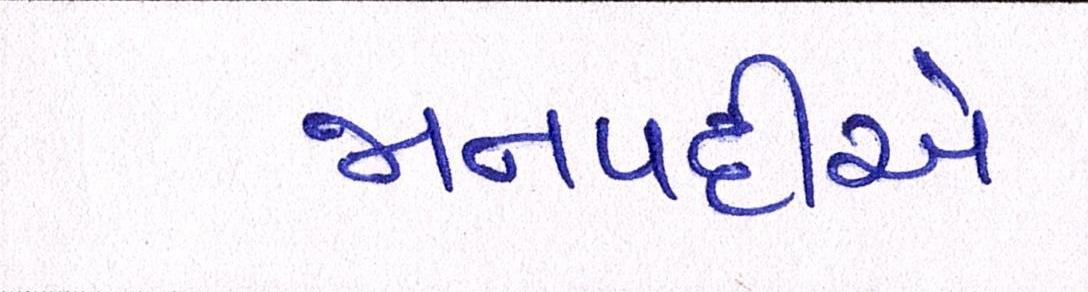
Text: જાનપદીએ